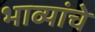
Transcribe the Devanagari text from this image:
भाव्यांचे